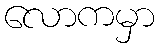
လောကမှာ